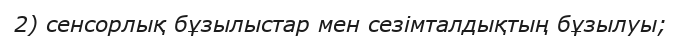
2) сенсорлық бұзылыстар мен сезімталдықтың бұзылуы;